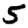
Digit: 5